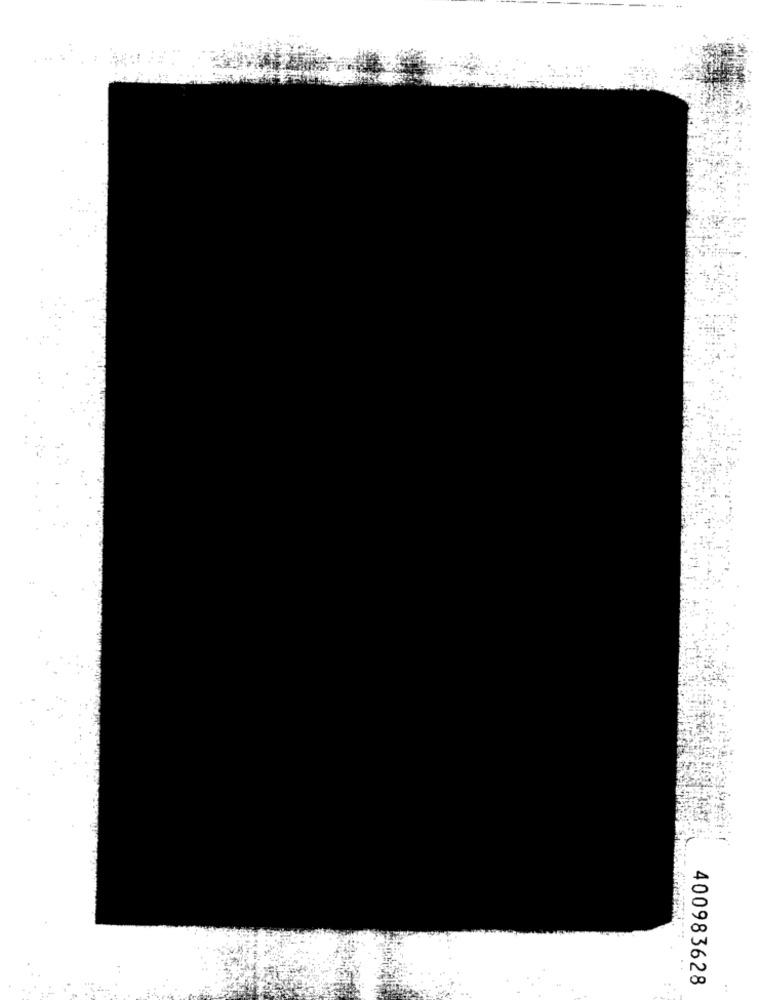
400983628